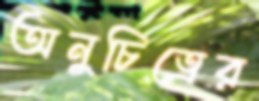
অনুচিত্রের